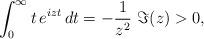
LaTeX: \begin{align*} \int_{0}^{\infty} t\,e^{izt} \, dt = -\frac{1}{z^2} ~\Im(z)>0, \end{align*}